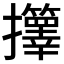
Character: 𫾟